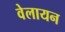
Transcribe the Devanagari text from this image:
वेलायन